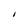
Character: I